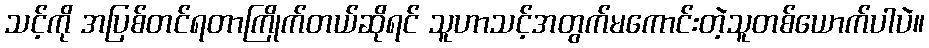
သင့်ကို အပြစ်တင်ရတာကြိုက်တယ်ဆိုရင် သူဟာသင့်အတွက်မကောင်းတဲ့သူတစ်ယောက်ပါပဲ။